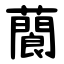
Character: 䕞